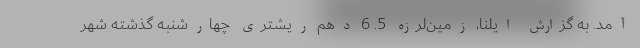
آمد. به گزارش ایلنا، زمین‌لرزه‌ 5. 6 دهم ریشتری چهارشنبه گذشته شهر